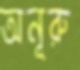
অনূরু